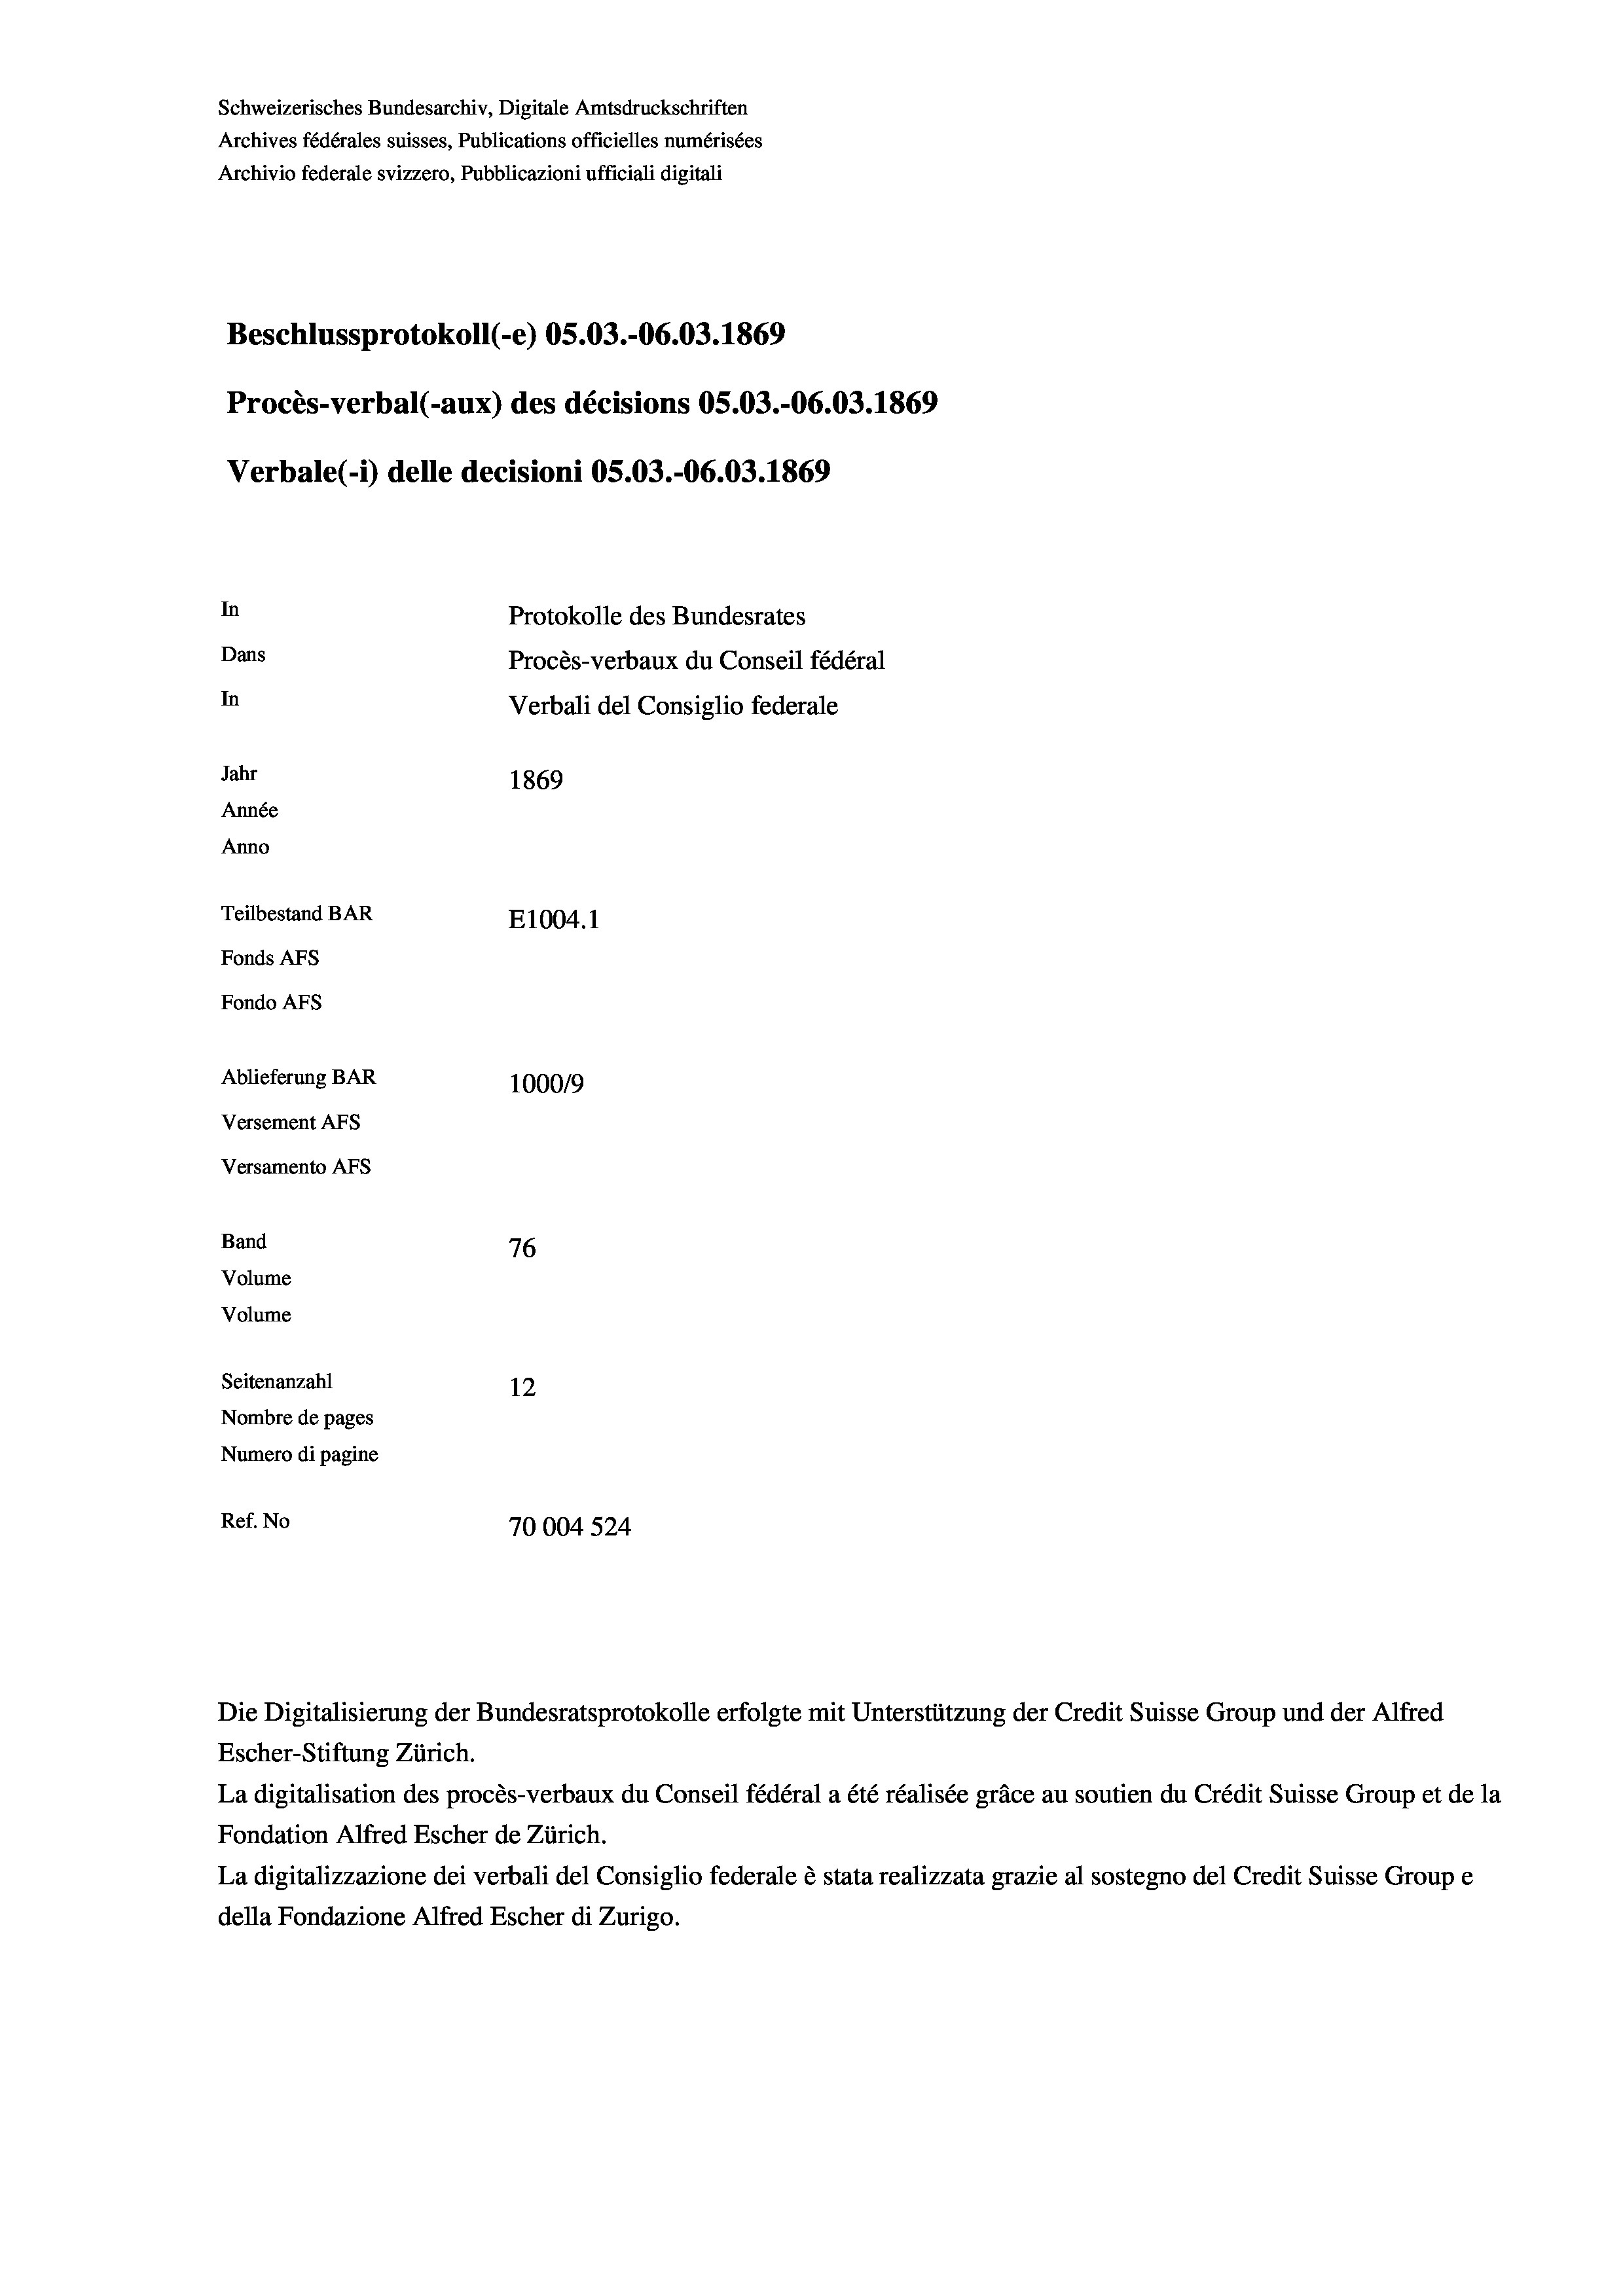
Schweizerisches Bundesarchiv, Digitale Amtsdruckschriften
Archives fédérales suisses, Publications officielles numérisées
Archivio federale svizzero, Pubblicazioni ufficiali digitali
Beschlussprotokoll (-e) OS.03.-06.03. 1869
Procès-verbal (-aux) des décisions OS.O3.-06.03. 1869
Verbale(-*) delle decisioni OS.03.-06.03. 1869
In
Protokolle des Bundesrates
Dans
Procès-verbaux du Conseil fédéral
In
Verbali del Consiglio federale
Jahr
1869
Année
Anno
Teilbestand BAR
E1004.1
Fonds AFs
Fondo AFS
Ablieferung BAR
100019
Versement As
Versamento AFs
Band
76
Volume
Volume
Seitenanzahl
12
Nombre de pages
Numero di pagine
Ref. No
70004 524

Escher-Stiftung Zürich.
La digitalisation des procès-verbaux du Conseil fédéral a été réalisée gräce au soutien du Crédit Suisse Group et de la
Fondation Alfred Escher de Zürich.
La digitalizzazione dei verbali del Consiglio federale è stata realizzata grazie al sostegno del Credit Suisse Groupe
della Fondazione Alfred Escher di Zurigo.

Die Digitalisierung der Bundesratsprotokolle erfolgte mit Unterstützung der Credit Suisse Group und der Alfred